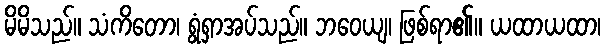
မိမိသည်။ သံကိတော၊ ရွံရှာအပ်သည်။ ဘဝေယျ၊ ဖြစ်ရာ၏။ ယထာယထာ၊